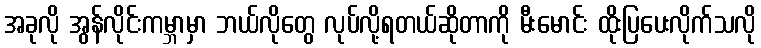
အခုလို အွန်လိုင်းကမ္ဘာမှာ ဘယ်လိုတွေ လုပ်လို့ရတယ်ဆိုတာကို မီးမောင်း ထိုးပြပေးလိုက်သလို